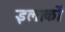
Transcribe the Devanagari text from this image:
इलाकाें